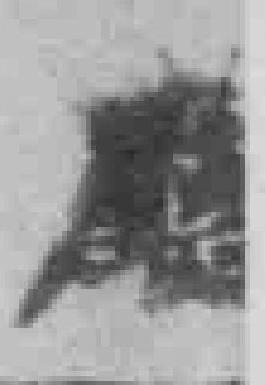
*